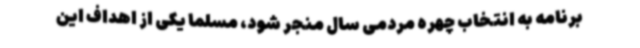
برنامه به انتخاب چهره مردمی سال منجر شود، مسلما یکی از اهداف این